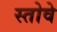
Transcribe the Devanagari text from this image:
स्तोवे